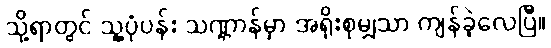
သို့ရာတွင် သူ့ပုံပန်း သဏ္ဌာန်မှာ အရိုးစုမျှသာ ကျန်ခဲ့လေပြီ။